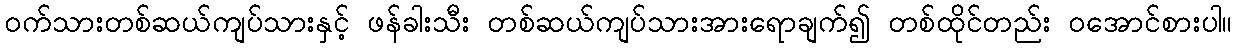
ဝက်သားတစ်ဆယ်ကျပ်သားနှင့် ဖန်ခါးသီး တစ်ဆယ်ကျပ်သားအားရောချက်၍ တစ်ထိုင်တည်း ဝအောင်စားပါ။